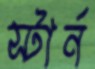
স্টার্ন